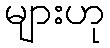
များဟု